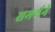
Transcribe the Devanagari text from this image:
समर्थने